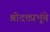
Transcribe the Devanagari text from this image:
श्रीदत्तप्रभूंचे